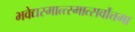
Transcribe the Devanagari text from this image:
भवेद्यस्मात्त्स्मात्सर्वोत्तमा